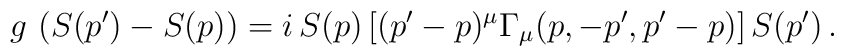
g\, \left(S(p')-S(p)\right) = i\,S (p) \left[    (p'-p)^\mu \Gamma_\mu(p,-p',p'-p) \right] S(p') \, .